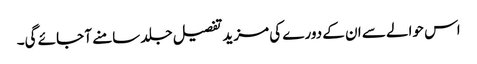
اس حوالے سے ان کے دورے کی مزید تفصیل جلد سامنے آ جائے گی۔